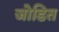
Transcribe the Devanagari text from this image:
जोडित